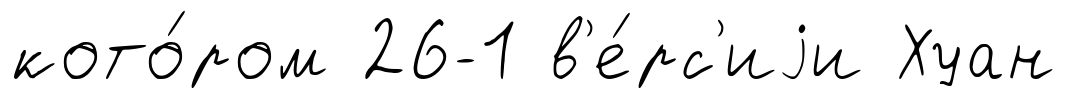
кото́ром 26-1 в'е́рс'иjи Хуан